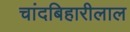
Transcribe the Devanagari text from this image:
चांदबिहारीलाल